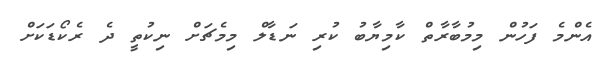
އެންމެ ފަހުން މިމުބާރާތް ކާމިޔާބު ކުރި ނަޑާލް މިމެޗަށް ނިކުތީ ދެ ރެކޯޑަކަށް